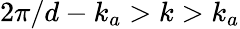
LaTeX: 2\pi/d-k_{a}>k>k_{a}